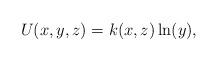
LaTeX: \begin{align*}U(x,y,z)=k(x,z)\ln(y),\end{align*}